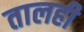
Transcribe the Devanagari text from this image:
तालही